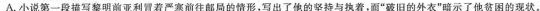
A.小说第一段描写黎明前亚利冒着严寒前往邮局的情形，写出了他的坚持与执着，而“破旧的外衣”暗示了他贫困的现状。